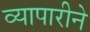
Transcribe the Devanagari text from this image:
व्यापारीने